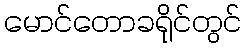
မောင်တောခရိုင်တွင်